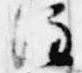
注